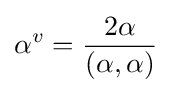
\alpha ^{v}={\frac {2\alpha }{(\alpha ,\alpha )}}